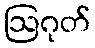
ဩဂုတ်